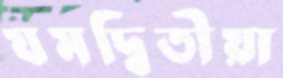
যমদ্বিতীয়া